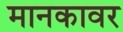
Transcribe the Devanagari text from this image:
मानकावर